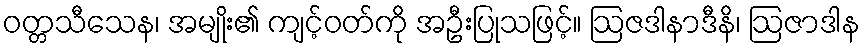
ဝတ္တသီသေန၊ အမျိုး၏ ကျင့်ဝတ်ကို အဦးပြုသဖြင့်။ ဩဇဒါနာဒီနိ၊ ဩဇာဒါန